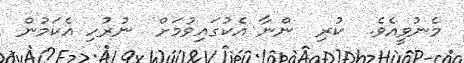
މެނުވީއެވެ.  ކުރި  ންނާ އެކުގައިވުމަށް  ނުރުހި އެކަމުން